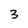
Character: 3